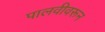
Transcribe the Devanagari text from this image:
पालवीवरून